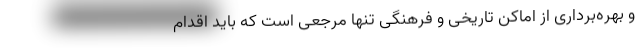
و بهره‌برداری از اماکن تاریخی و فرهنگی تنها مرجعی است که باید اقدام